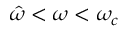
\hat { \omega } < \omega < \omega _ { c }